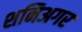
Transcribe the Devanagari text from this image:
शनिअगर